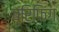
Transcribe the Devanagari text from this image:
ब्रिफिंग